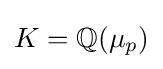
K=\mathbb {Q} (\mu _{p})